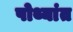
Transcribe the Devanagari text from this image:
पोथ्यांत